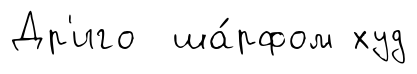
Др'иго ша́рфом худ